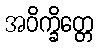
အဝိက္ခိတ္တေ